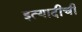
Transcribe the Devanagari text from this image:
इत्यादीची